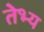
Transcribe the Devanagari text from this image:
तेभ्य